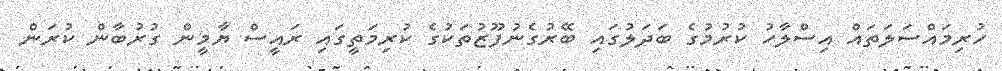
ހުރިމައްސަލަތައް އިސްލާހު ކުރުމުގެ ބަދަލުގައި ބޭރުގެނުފޫޒުތަކުގެ ކުރިމަތީގައި ރައީސް ޔާމީން ގުރުބާން ކުރަން